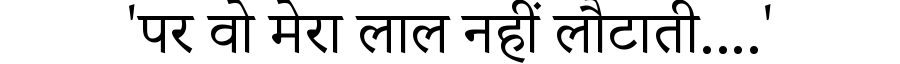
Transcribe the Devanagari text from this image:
'पर वो मेरा लाल नहीं लौटाती....'